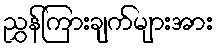
ညွှန်ကြားချက်များအား